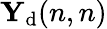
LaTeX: {\mathbf Y}_{\mathrm{d}}(n,n)